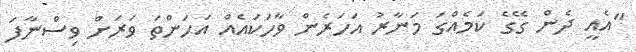
"އެއީ ދެން ގޭގެ ކަމެއްގަ މަނާރު އަހަރެން ވާހަކައެއް އަހަންތަ ވަރަށް ވިސްނާފަ